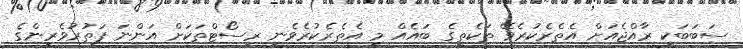
ސަބަބަކީ ރާއްޖެއަށް އެތެރެކުރެވޭ ތަކެތީގެ ބައެއް މި އެތެރެކުރެވެނީ ރިސޯޓްތަކަށް އަންނަ ފަތުރުވެރިންގެ